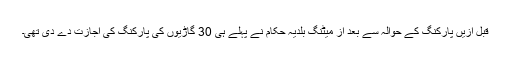
قبل ازیں پارکنگ کے حوالہ سے بعد از میٹنگ بلدیہ حکام نے پہلے ہی 30 گاڑیوں کی پارکنگ کی اجازت دے دی تھی۔